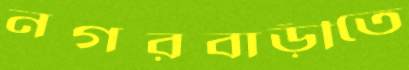
নগরবাড়ীতে